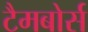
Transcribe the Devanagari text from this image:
टैमबोर्स